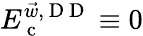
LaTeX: E_{\mathrm{~c~}}^{\vec{w},{\mathrm{~D~D~}}}\equiv 0